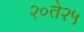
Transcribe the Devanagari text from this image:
२०ते२५